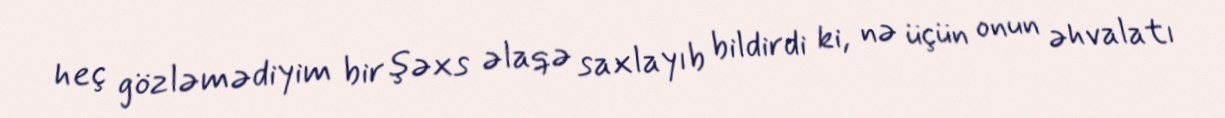
heç gözləmədiyim bir şəxs əlaqə saxlayıb bildirdi ki, nə üçün onun əhvalatı